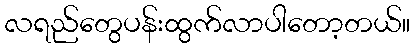
လရည်တွေပန်းထွက်လာပါတော့တယ်။